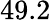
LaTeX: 49.2